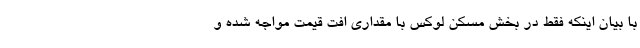
با بیان اینکه فقط در بخش مسکن لوکس با مقداری افت قیمت مواجه شده و